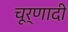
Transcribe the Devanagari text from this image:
चूर्णादी